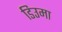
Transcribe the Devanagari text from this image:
डिउमा